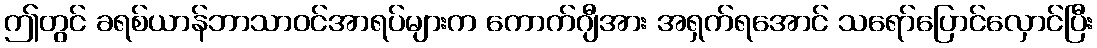
ဤတွင် ခရစ်ယာန်ဘာသာဝင်အာရပ်များက ကောက်ဂျီအား အရှက်ရအောင် သရော်ပြောင်လှောင်ပြီး